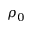
\rho _ { 0 }